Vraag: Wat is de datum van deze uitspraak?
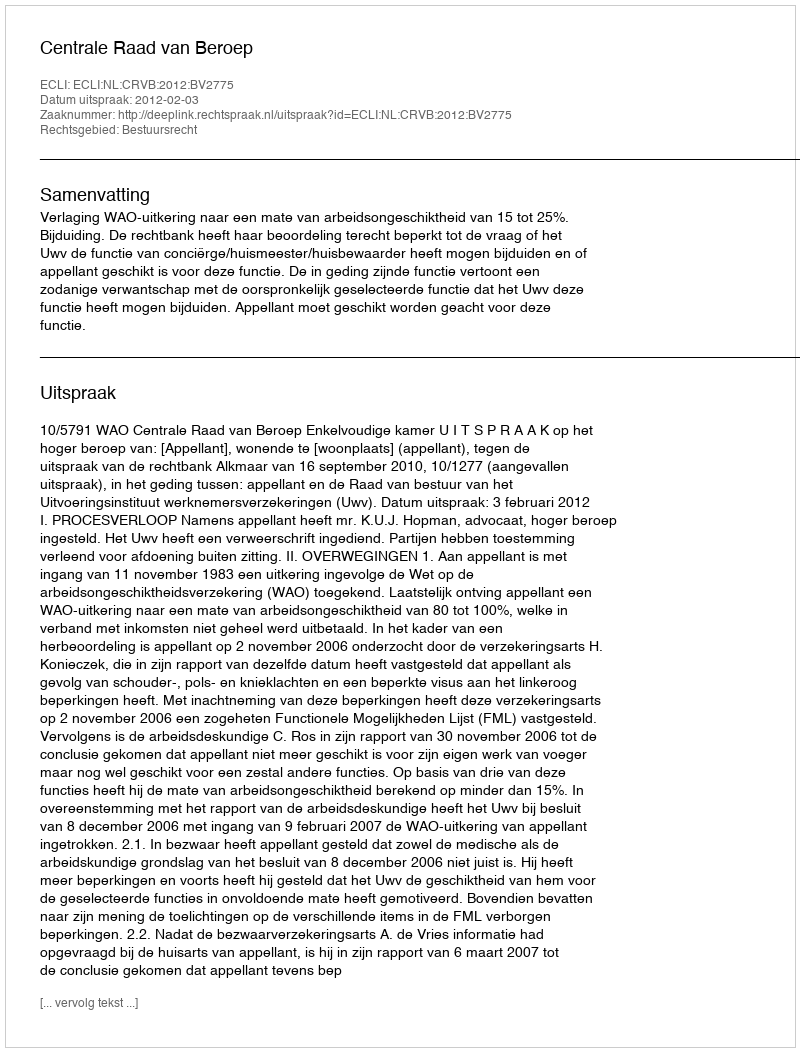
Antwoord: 2012-02-03